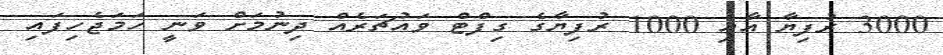
3000 ރުފިޔާ އާއި 1000 ރުފިޔާގެ ގިފްޓް ވައުޗަރެއް ދިނުމަށް ވަނީ ހަމަޖެހިފައި